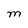
Character: M